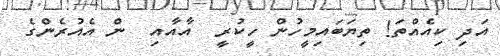
އަދި ކިއެއްތަ! ތިޔަބައިމީހުން ހީކުރީ  އާއާއި  ން އެއުރެންގެ